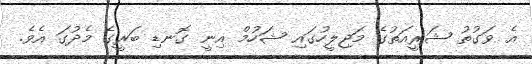
އެ ވަގުތު ޝަރީއަތުގެ މަޖިލީހުގައި ޝަހުމް އިނީ ގޮނޑި ބަރީގެ މެދުގަ އެވެ.